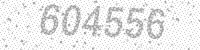
Solution: 604556